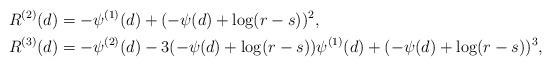
LaTeX: \begin{align*}R^{(2)}(d) & =-\psi^{(1)}(d)+(-\psi(d)+\log(r-s))^{2},\\R^{(3)}(d) & =-\psi^{(2)}(d)-3(-\psi(d)+\log(r-s))\psi^{(1)}(d)+(-\psi(d)+\log(r-s))^{3},\end{align*}